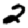
Digit: 2